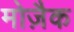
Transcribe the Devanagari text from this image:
मोज़ैक